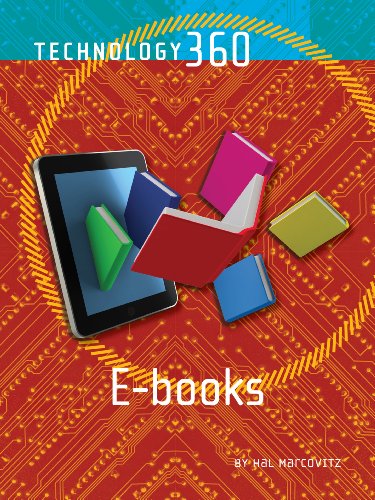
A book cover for E-books (Technology 360); Hal Marcovitz; Teen & Young Adult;